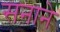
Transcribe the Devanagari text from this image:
सनाने